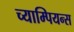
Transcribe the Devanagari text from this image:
च्याम्पियन्स